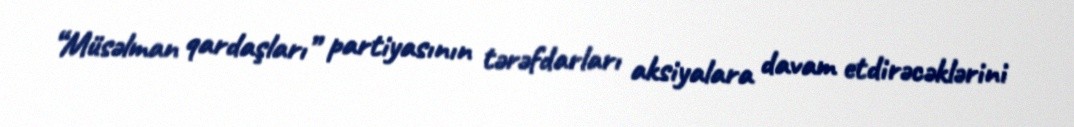
“Müsəlman qardaşları” partiyasının tərəfdarları aksiyalara davam etdirəcəklərini